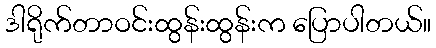
ဒါရိုက်တာဝင်းထွန်းထွန်းက ပြောပါတယ်။